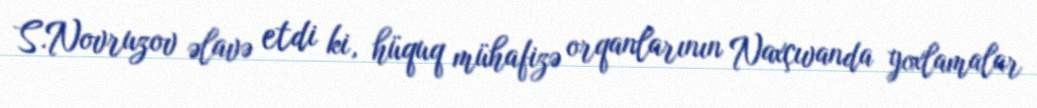
S.Novruzov əlavə etdi ki, hüquq mühafizə orqanlarının Naxçıvanda yoxlamalar